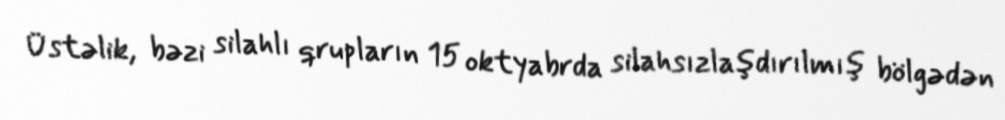
Üstəlik, bəzi silahlı qrupların 15 oktyabrda silahsızlaşdırılmış bölgədən